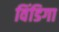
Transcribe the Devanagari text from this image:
विंडिगा